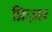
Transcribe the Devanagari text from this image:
फ्रिज़र